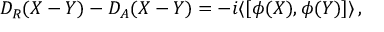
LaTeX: D _ { R } ( X - Y ) - D _ { A } ( X - Y ) = - i \langle [ \phi ( X ) , \phi ( Y ) ] \rangle \, , \nonumber